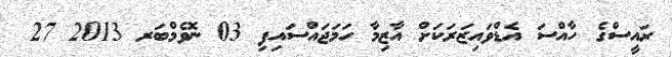
ރައީސްގެ ހާއްސަ އެޑްވައިޒަރަކަށް އާޒިމާ ހަމަޖައްސައިފި 03 ނޮވެމްބަރ 2013 27